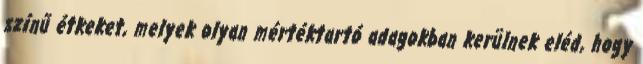
színű étkeket, melyek olyan mértéktartó adagokban kerülnek eléd, hogy